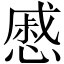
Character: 慼